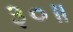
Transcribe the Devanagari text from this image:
३०॥